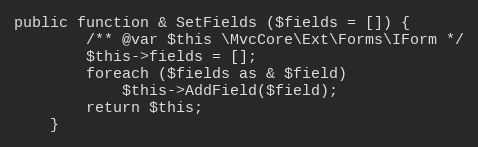
Language: PHP
public function & SetFields ($fields = []) {
		/** @var $this \MvcCore\Ext\Forms\IForm */
		$this->fields = [];
		foreach ($fields as & $field)
			$this->AddField($field);
		return $this;
	}